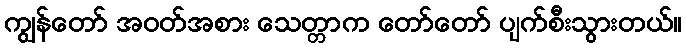
ကျွန်တော် အဝတ်အစား သေတ္တာက တော်တော် ပျက်စီးသွားတယ်။